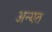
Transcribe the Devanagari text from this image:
अन्यत